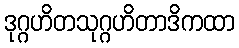
ဒုဂ္ဂဟိတသုဂ္ဂဟိတာဒိကထာ